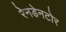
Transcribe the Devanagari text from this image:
रेनडेनटोर